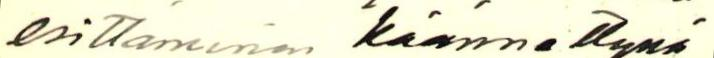
esittäminen käännettynä